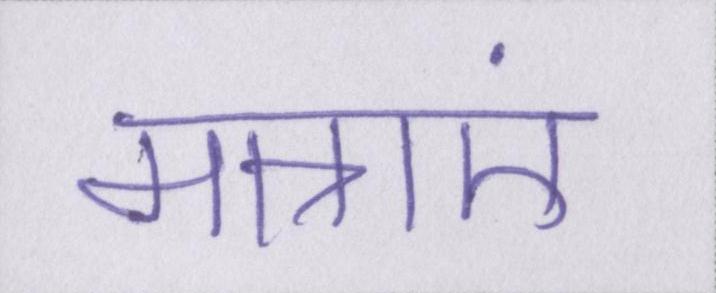
मात्राएं